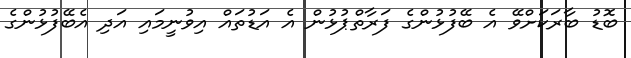
ބޮޑު ބާރަކަށްވޭ އެ ބޭފުޅުންގެ ފަރާތްޕުޅުން އެ އަޑުތައް އިވުނީމައި އަދި އެބޭފުޅުންގެ